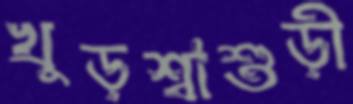
খুড়শ্বাশুড়ী